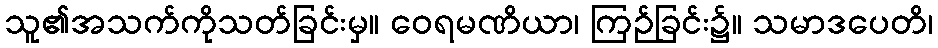
သူ၏အသက်ကိုသတ်ခြင်းမှ။ ဝေရမဏိယာ၊ ကြဉ်ခြင်း၌။ သမာဒပေတိ၊